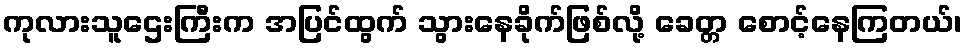
ကုလားသူဌေးကြီးက အပြင်ထွက် သွားနေခိုက်ဖြစ်လို့ ခေတ္တ စောင့်နေကြတယ်၊